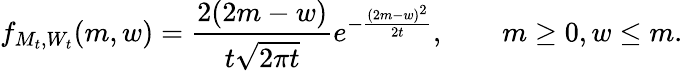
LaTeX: f_{M_{t},W_{t}}(m,w)={\frac{2(2m-w)}{t{\sqrt{2\pi t}}}}e^{-{\frac{(2m-w)^{2}}{2t}}},\qquad m\geq 0,w\leq m.